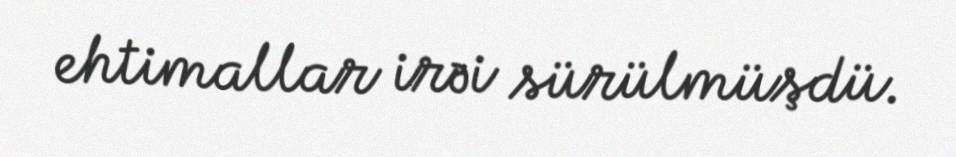
ehtimallar irəi sürülmüşdü.